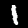
Label: 1